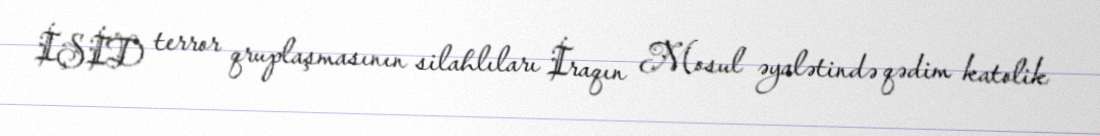
İŞİD terror qruplaşmasının silahlıları İraqın Mosul əyalətində qədim katolik